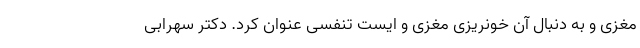
مغزی و به دنبال آن خونریزی مغزی و ایست تنفسی عنوان کرد. دکتر سهرابی